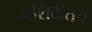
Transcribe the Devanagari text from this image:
मशिदींतच